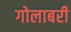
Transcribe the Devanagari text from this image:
गोलाबरी